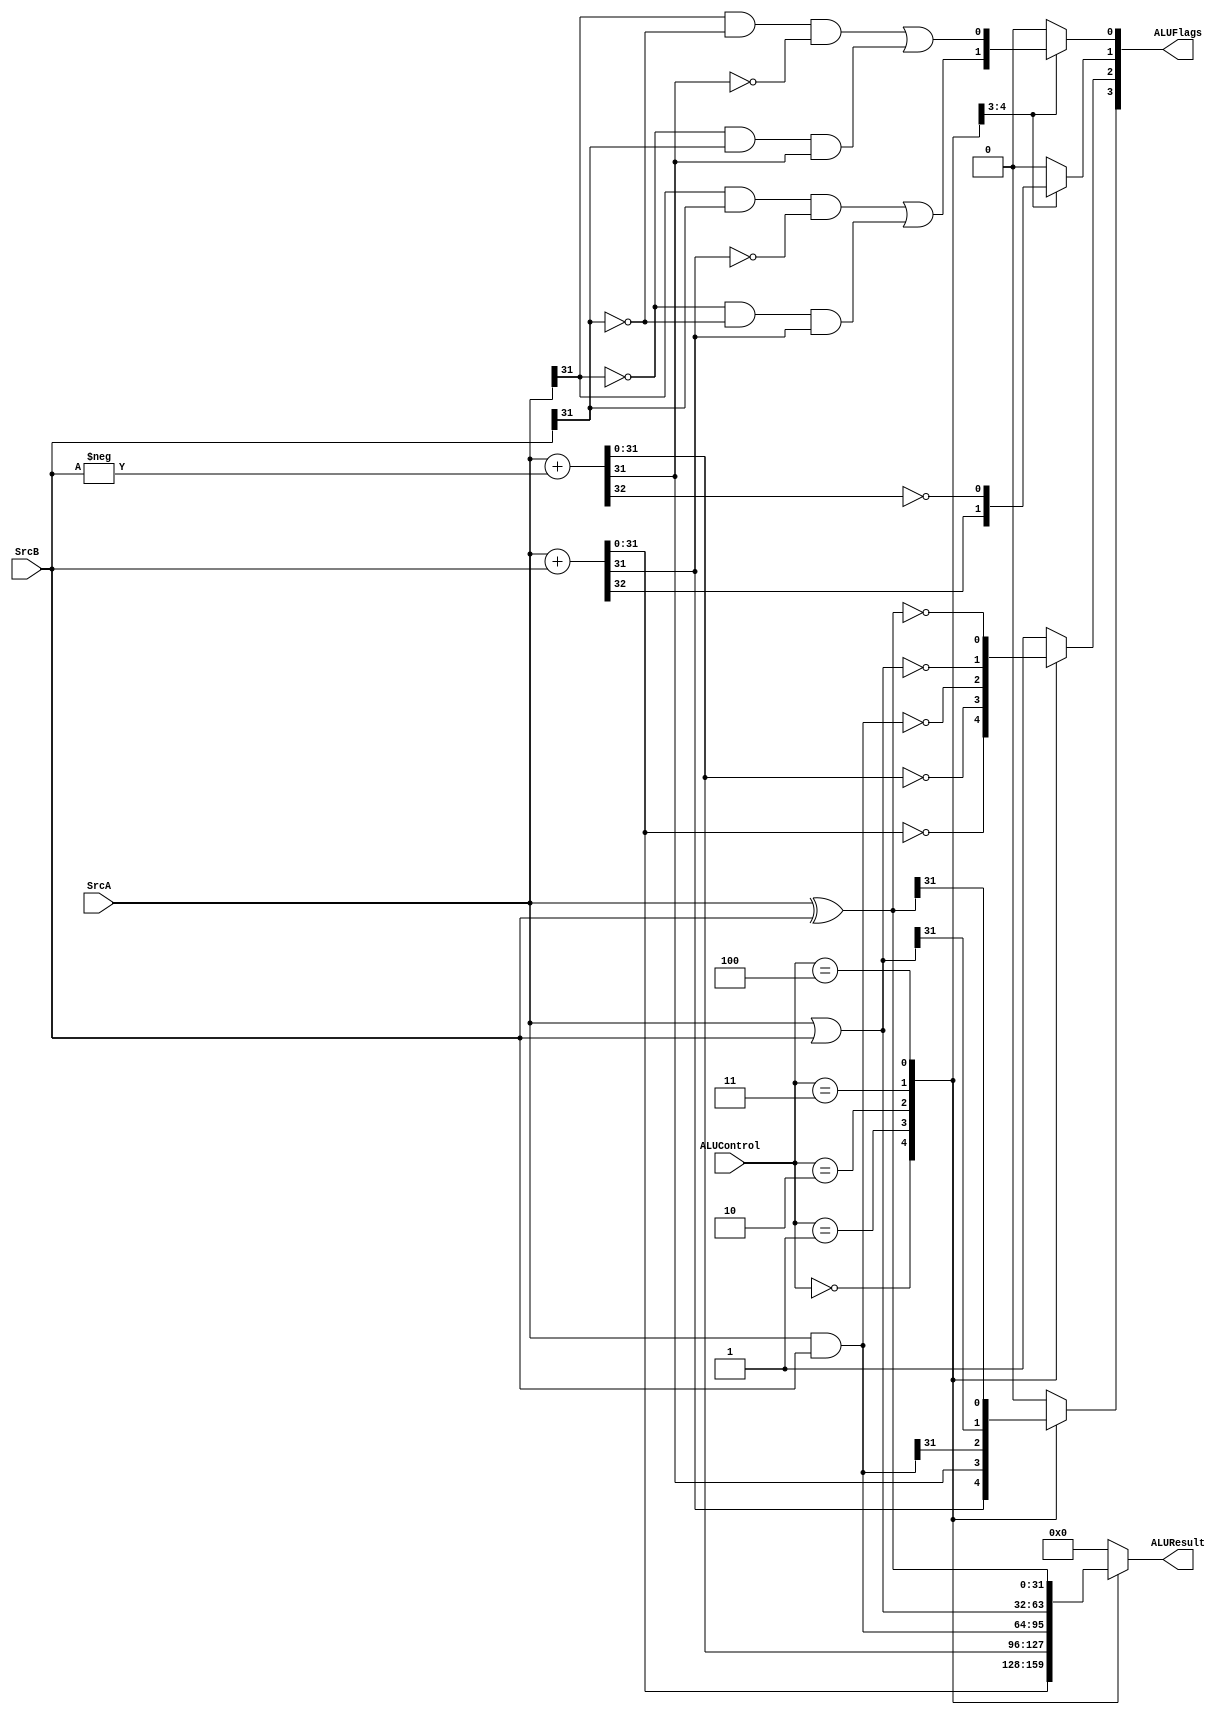
// alu.v
// ALU for simple ARM single-cycle implementation.

module alu(ALUResult,ALUFlags,ALUControl,SrcA,SrcB);
  output  [31:0]  ALUResult;
  output  [3:0]   ALUFlags;
  input   [2:0]   ALUControl;
  input   [31:0]  SrcA, SrcB;

  reg     [31:0]  ALUResult;
  reg             N,Z,C,V;

  always @(ALUControl,SrcA,SrcB)
    case(ALUControl)
     3'b000:  begin   {C,ALUResult}=SrcA+SrcB;        // ADD
                      Z=(ALUResult==32'b0);
                      N=ALUResult[31];
                      V=SrcA[31]&&SrcB[31]&&(!ALUResult[31])
                        ||(!SrcA[31])&&(!SrcB[31])&&ALUResult[31];
              end
      3'b001:  begin   {C,ALUResult}=SrcA+(-SrcB);     // SUB
                      C=!C;
                      Z=(ALUResult==32'b0);
                      N=ALUResult[31];
                      V=SrcA[31]&&(!SrcB[31])&&(!ALUResult[31])
                        ||(!SrcA[31])&&(SrcB[31])&&ALUResult[31];
              end
      3'b010:  begin   ALUResult=SrcA&SrcB;            // AND
                      Z=(ALUResult==32'b0);
                      N=ALUResult[31];
                      V=0;    // Don't care
                      C=0;    // Don't care
              end
      3'b011:  begin   ALUResult=SrcA|SrcB;            // OR (or ORR)
                      Z=(ALUResult==32'b0);
                      N=ALUResult[31];
                      V=0;    // Don't care
                      C=0;    // Don't care
              end
      3'b100: begin    ALUResult = SrcA^SrcB;      // EOR
                      Z=(ALUResult==32'b0);
                      N=ALUResult[31];
                      V=0;    // Don't care
                      C=0;    // Don't care                               
              end
      default:  begin ALUResult=0; {N,Z,C,V}=4'b0100; end
    endcase

  assign ALUFlags = {N,Z,C,V};  
endmodule